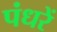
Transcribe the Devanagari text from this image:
पंधरें